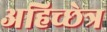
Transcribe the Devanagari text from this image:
अहिच्छेत्र